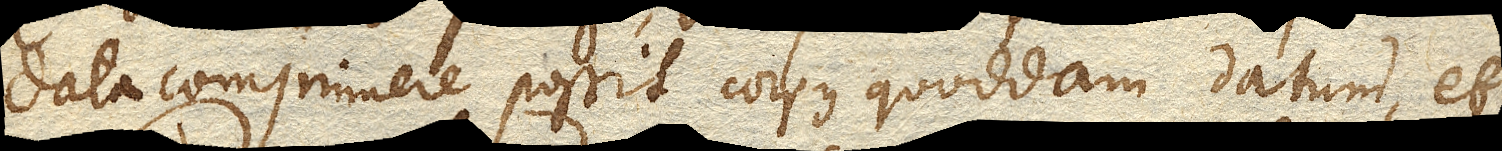
data comprimere possit corpus quoddam datum, et